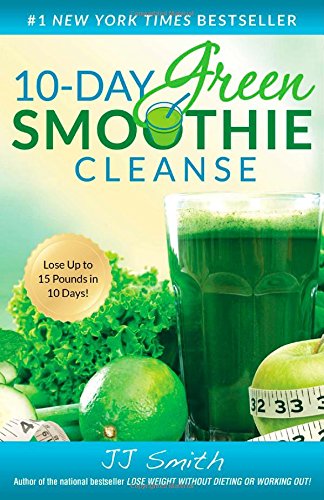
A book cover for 10-Day Green Smoothie Cleanse; JJ Smith; Health, Fitness & Dieting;